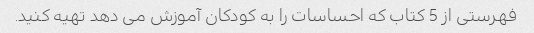
فهرستی از 5 کتاب که احساسات را به کودکان آموزش می دهد تهیه کنید.